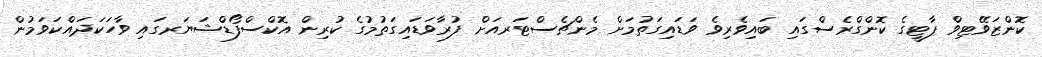
ކޮންޒަވޭޓިވް ޕާޓީގެ ކޮންގްރެސްގައި ބައިވެރިވެ ވަޑައިގަތުމަށް މެންޗެސްޓަރއަށް ފުރާވަޑައިގަތުމުގެ ކުރިން އޮކްސްފޯޑްޝަޔަރގައި ވާހަކަދައްކަވަމުން